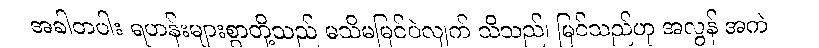
အခါတပါး ရဟန်းများစွာတို့သည် မသိမမြင်ပဲလျက် သိသည်၊ မြင်သည်ဟု အလွန် အကဲ